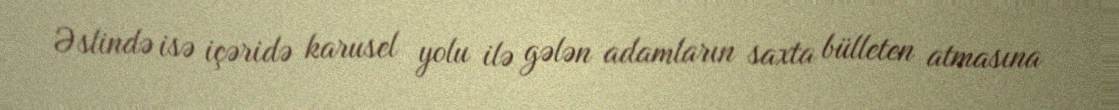
Əslində isə içəridə karusel yolu ilə gələn adamların saxta bülleten atmasına